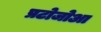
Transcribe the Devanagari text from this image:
प्रटोजोआ